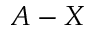
A - X